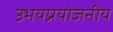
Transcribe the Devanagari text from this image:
उभयप्रयोजनीय